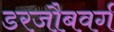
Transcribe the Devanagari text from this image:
डरजौबवर्ग